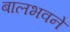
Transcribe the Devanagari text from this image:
बालभवने